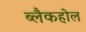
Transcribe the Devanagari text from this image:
ब्लैकहोल